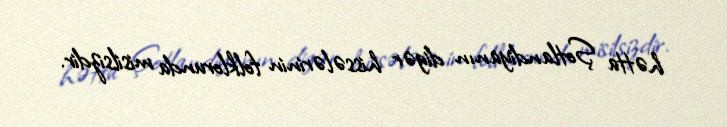
hətta Şotlandiyanın digər hissələrinin folklorunda misilsizdir.